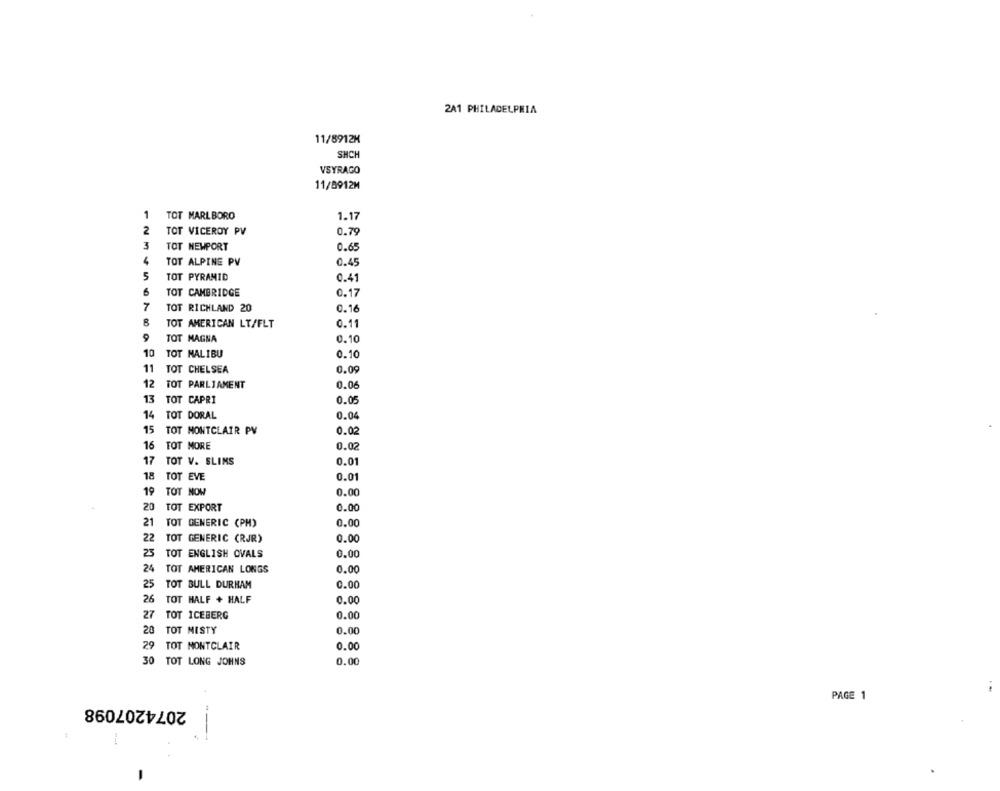
2A1 PHILADELPHIA
11/8912K
SHCH
VSYRAGO
11/8912M
1
TOT MARLBORO
1.17
2
TOT VICEROY PV
0.79
3
TOT NEWPORT
0.65
4
TOT ALPINE PV
0.45
5
TOT PYRAMID
0.41
6
TOT CAMBRIDGE
0.17
7
TOT RICHLAND 20
0.16
8
TOT AMERICAN LT/FLT
0.11
TOT MAGNA
0.10
10
TOT MALIBU
0.10
11
TOT CHELSEA
0.09
12
TOT PARLIAMENT
0.06
13
TOT CAPRI
0.05
14
TOT DORAL
0.04
15
TOT MONTCLAIR PV
0.02
16
TOT MORE
0.02
17
TOT V. SLIMS
0.01
18
TOT EVE
0.01
19
TOT NOW
0.00
20
TOT EXPORT
0.00
21
TOT GENERIC (PH)
0.00
22
TOT GENERIC (RJR)
0.00
25
TOT ENGLISH OVALS
0.00
24
TOT AMERICAN LONGS
0.00
25
TOT BULL DURHAM
0.00
26
TOT HALF + HALF
0.00
27
TOT ICEBERG
0.00
20
TOT MISTY
0.00
29
TOT MONTCLAIR
0.00
30
TOT LONG JOHNS
0.00
PAGE 1
2074207098